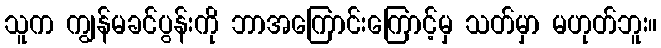
သူက ကျွန်မခင်ပွန်းကို ဘာအကြောင်းကြောင့်မှ သတ်မှာ မဟုတ်ဘူး။